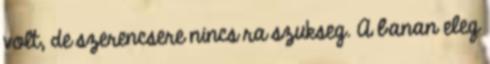
volt, de szerencsere nincs ra szukseg. A banan eleg